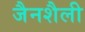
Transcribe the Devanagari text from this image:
जैनशैली